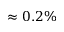
\approx 0 . 2 \%